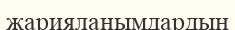
жарияланымдардың